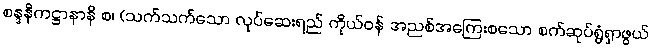
စန္ဒနိကဋ္ဌာနာနိ စ၊ (သက်သက်သော လုပ်ဆေးရည် ကိုယ်ဝန် အညစ်အကြေးစသော စက်ဆုပ်ရွံရှာဖွယ်